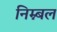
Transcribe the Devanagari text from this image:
निम्न्बल